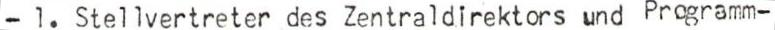
- 1. Stellvertreter des Zentraldirektors und Programm-